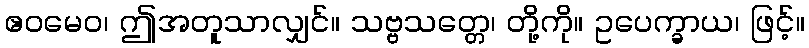
ဧဝမေဝ၊ ဤအတူသာလျှင်။ သဗ္ဗသတ္တေ၊ တို့ကို။ ဥပေက္ခာယ၊ ဖြင့်။